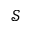
\mathcal { S }